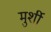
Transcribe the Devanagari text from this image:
मुर्शी